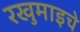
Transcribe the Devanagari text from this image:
रखुमाइचे